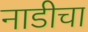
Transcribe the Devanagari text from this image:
नाडीचा